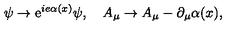
\psi \rightarrow \mathrm { e } ^ { i e \alpha ( x ) } \psi , \quad A _ { \mu } \rightarrow A _ { \mu } - \partial _ { \mu } \alpha ( x ) ,